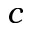
c